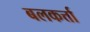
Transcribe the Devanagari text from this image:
बलकर्त्ता